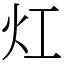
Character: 灴